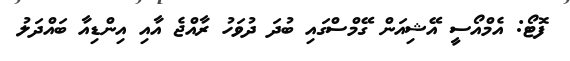
ފޮޓޯ: އެމްއޯސީ އޭޝިއަން ގޭމްސްގައި ބުދަ ދުވަހު ރާއްޖެ އާއި އިންޑިއާ ބައްދަލު